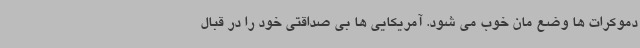
دموکرات ها وضع مان خوب می شود. آمریکایی ها بی صداقتی خود را در قبال